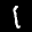
Label: 1